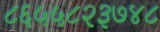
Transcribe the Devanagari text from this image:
८६५५८२३७४८